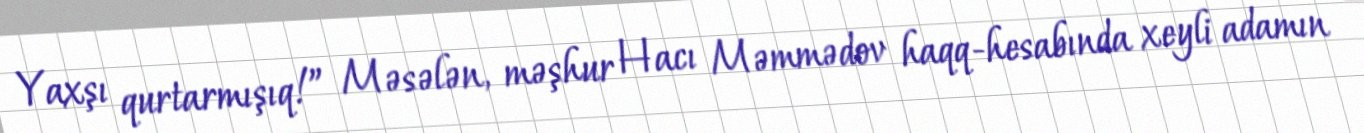
Yaxşı qurtarmışıq!” Məsələn, məşhur Hacı Məmmədov haqq-hesabında xeyli adamın